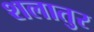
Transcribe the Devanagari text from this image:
शलातुर